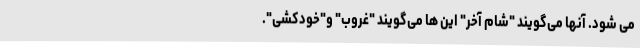
می شود. آنها می‌گویند "شام آخر" این ها می‌گویند "غروب" و"خودکشی".